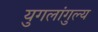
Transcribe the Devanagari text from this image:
युगलांगुल्य